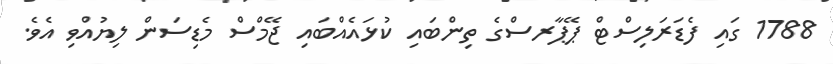
1788 ގައި ފެޑަރަލިސްޓް ޕޭޕާރސްގެ ތިންބައި ކުޅައެއްބައި ޖޭމްސް މެޑިސަން ލިޔުއްވި އެވެ.